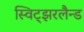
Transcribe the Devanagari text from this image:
स्विट्झरलैन्ड